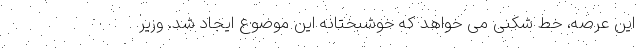
این عرصه، خط شکنی می خواهد که خوشبختانه این موضوع ایجاد شد. وزیر